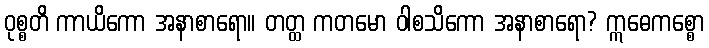
ဝုစ္စတိ ကာယိကော အနာစာရော။ တတ္ထ ကတမော ဝါစသိကော အနာစာရော? ဣဓေကစ္စော